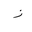
Letter: _zay